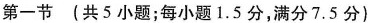
第一节(共5小题；每小题1.5分，满分7.5分)